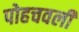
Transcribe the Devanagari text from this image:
पोहचवली